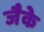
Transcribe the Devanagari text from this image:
जैके